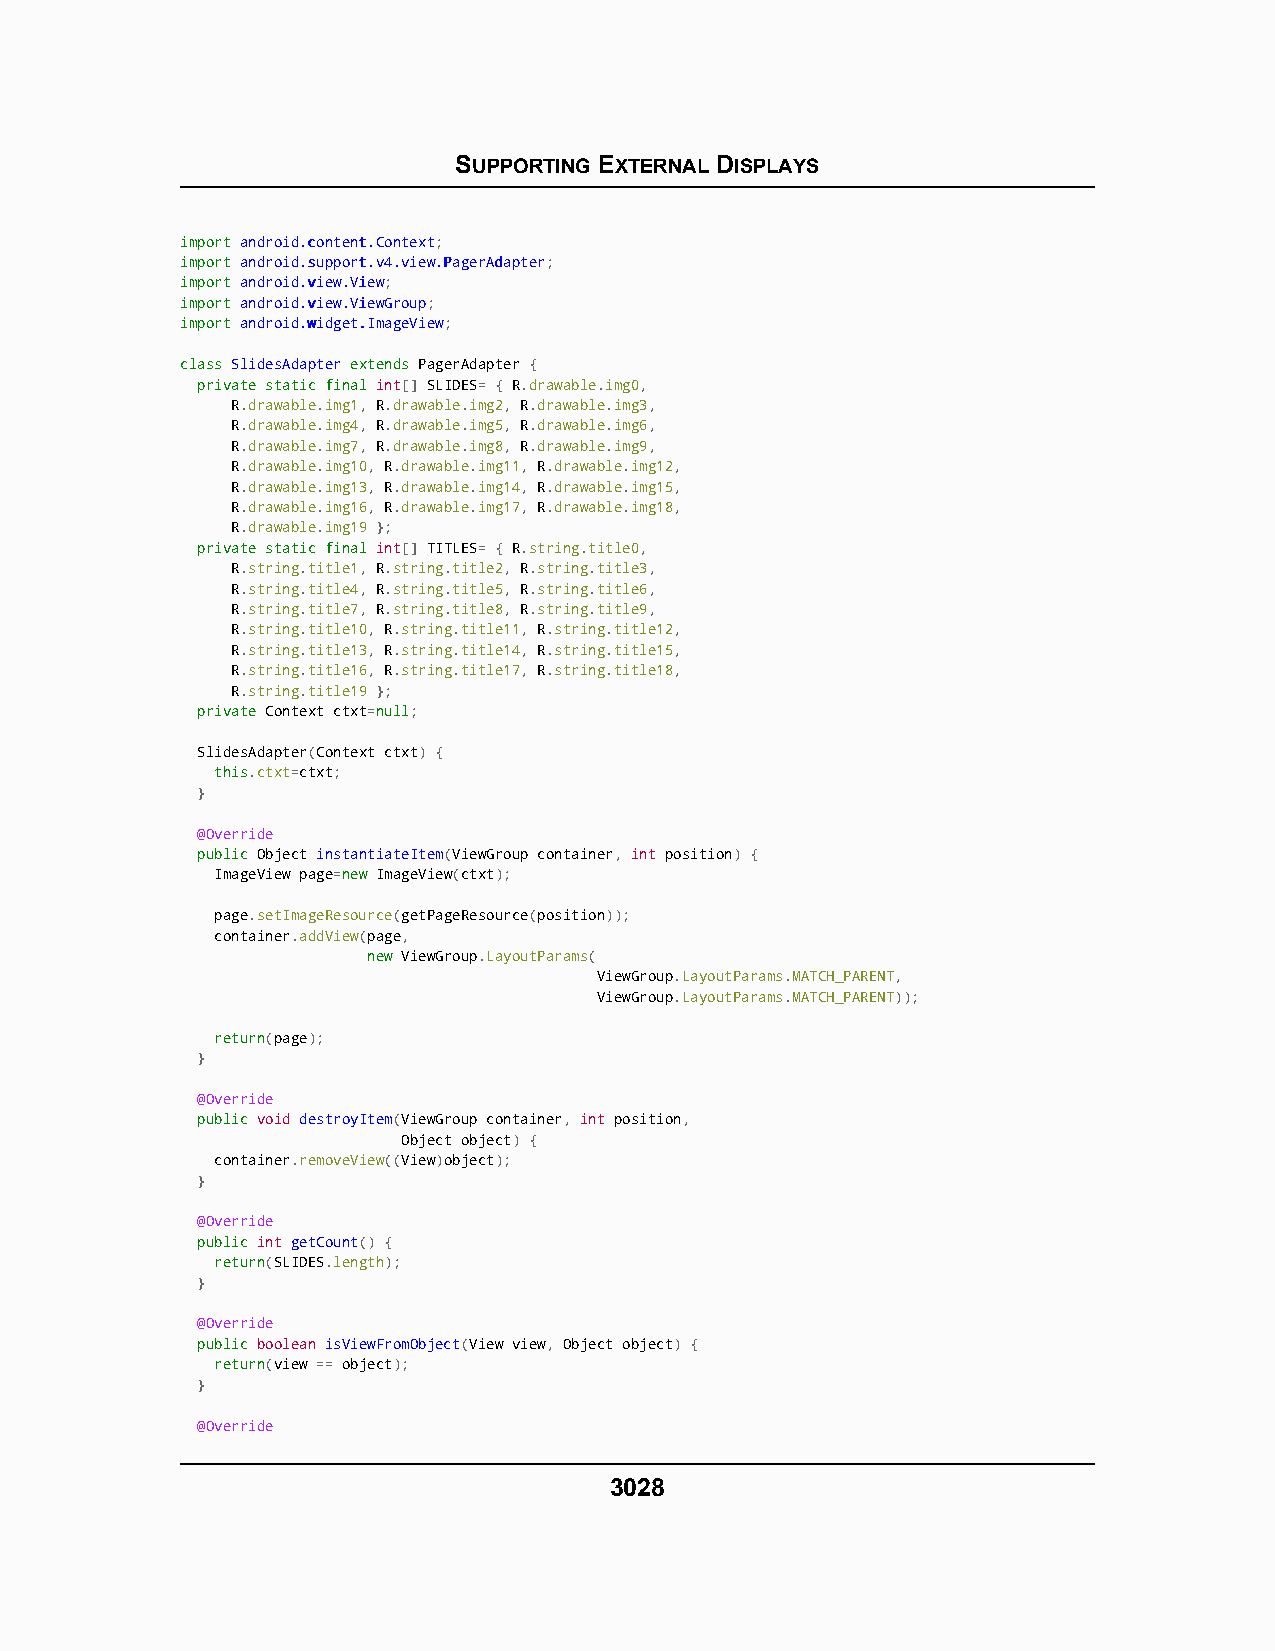
SUPPORTING EXTERNAL DISPLAYS
 iimmppoorrtt aannddrrooiidd..ccoonntteenntt..CCoonntteexxtt;
 iimmppoorrtt aannddrrooiidd..ssuuppppoorrtt..vv44..vviieeww..PPaaggeerrAAddaapptteerr;
 iimmppoorrtt aannddrrooiidd..vviieeww..VViieeww;
 iimmppoorrtt aannddrrooiidd..vviieeww..VViieewwGGrroouupp;
 iimmppoorrtt aannddrrooiidd..wwiiddggeett..IImmaaggeeVViieeww;
 ccllaassss SSlliiddeessAAddaapptteerr eexxtteennddss PagerAdapter {
 pprriivvaattee ssttaattiicc ffiinnaall int[] SLIDES= { R.drawable.img0,
 R.drawable.img1, R.drawable.img2, R.drawable.img3,
 R.drawable.img4, R.drawable.img5, R.drawable.img6,
 R.drawable.img7, R.drawable.img8, R.drawable.img9,
 R.drawable.img10, R.drawable.img11, R.drawable.img12,
 R.drawable.img13, R.drawable.img14, R.drawable.img15,
 R.drawable.img16, R.drawable.img17, R.drawable.img18,
 R.drawable.img19 };
 pprriivvaattee ssttaattiicc ffiinnaall int[] TITLES= { R.string.title0,
 R.string.title1, R.string.title2, R.string.title3,
 R.string.title4, R.string.title5, R.string.title6,
 R.string.title7, R.string.title8, R.string.title9,
 R.string.title10, R.string.title11, R.string.title12,
 R.string.title13, R.string.title14, R.string.title15,
 R.string.title16, R.string.title17, R.string.title18,
 R.string.title19 };
 pprriivvaattee Context ctxt=nnuullll;
 SlidesAdapter(Context ctxt) {
 tthhiiss.ctxt=ctxt;
 }
 @Override
 ppuubblliicc Object instantiateItem(ViewGroup container, int position) {
 ImageView page=nneeww ImageView(ctxt);
 page.setImageResource(getPageResource(position));
 container.addView(page,
 nneeww ViewGroup.LayoutParams(
 ViewGroup.LayoutParams.MATCH_PARENT,
 ViewGroup.LayoutParams.MATCH_PARENT));
 rreettuurrnn(page);
 }
 @Override
 ppuubblliicc void destroyItem(ViewGroup container, int position,
 Object object) {
 container.removeView((View)object);
 }
 @Override
 ppuubblliicc int getCount() {
 rreettuurrnn(SLIDES.length);
 }
 @Override
 ppuubblliicc boolean isViewFromObject(View view, Object object) {
 rreettuurrnn(view == object);
 }
 @Override
 3028